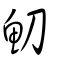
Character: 魛